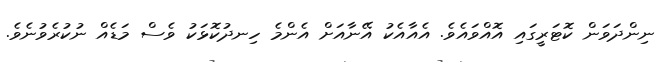
ނިންދަވަން ކޮޓަރީގައި އޮއްވައެވެ. އެއާއެކު އޭނާއަށް އެންމެ ހިނދުކޮޅަކު ވެސް މަޑެއް ނުކުރެވުނެވެ.